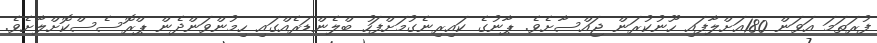
ފުރަތަމަ އަވަން 180އަށްލާފައި ހޫނުކުރަން ޖައްސާށެވެ. ޕާނުގެ ކައިރިނެގުމަށްފަހު ބްލެންޑަރެއްގައި ހިމުންވަންދެން ޕްރޮސެސްކޮށްލާށެވެ.